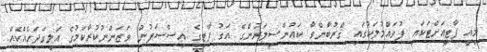
މިއީ ޕާޓީއަށްޓަކައި ފުވައްމުލަކުގައި ޤްރުބާންވާ ކައުންސިލަރުންގެ އަގު ޕާޓީގެ އިސްސަފުން ވަޒަންނުކުރާކަމުގެ އަލިގަދަހެއްކެއް.